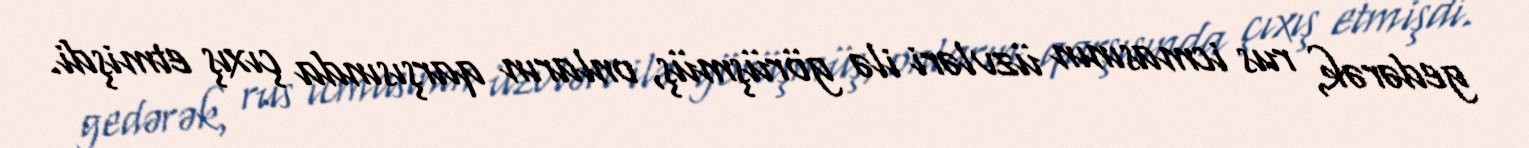
gedərək, rus icmasının üzvləri ilə görüşmüş, onların qarşısında çıxış etmişdi.